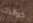
كوالدك